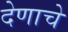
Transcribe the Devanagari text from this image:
देणाचे